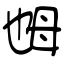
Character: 乸